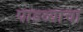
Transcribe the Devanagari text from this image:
पाडव्याचा